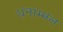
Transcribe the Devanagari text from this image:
धनाम्मल